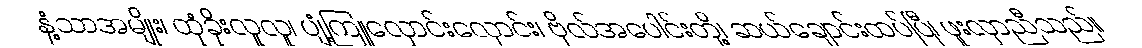
နံ့သာအမျိုး၊ ထုံခိုးလူလူ၊ ပျံ့ကြူလှောင်းလှောင်း၊ ဗိုလ်အပေါင်းတို့၊ ဆယ်ချောင်းထပ်ပြီ၊ ဖူးလှာညီသည်။